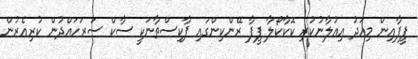
ފީފާއިން މިއަދު އިއުލާނުކުރި ކޮކާކޯލާ ފީފާ ރޭންކިންގައި ޕާކިސްތާނަކީ ސާކް ސަރަހައްދުން ކުރިއެރުން